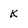
Character: k